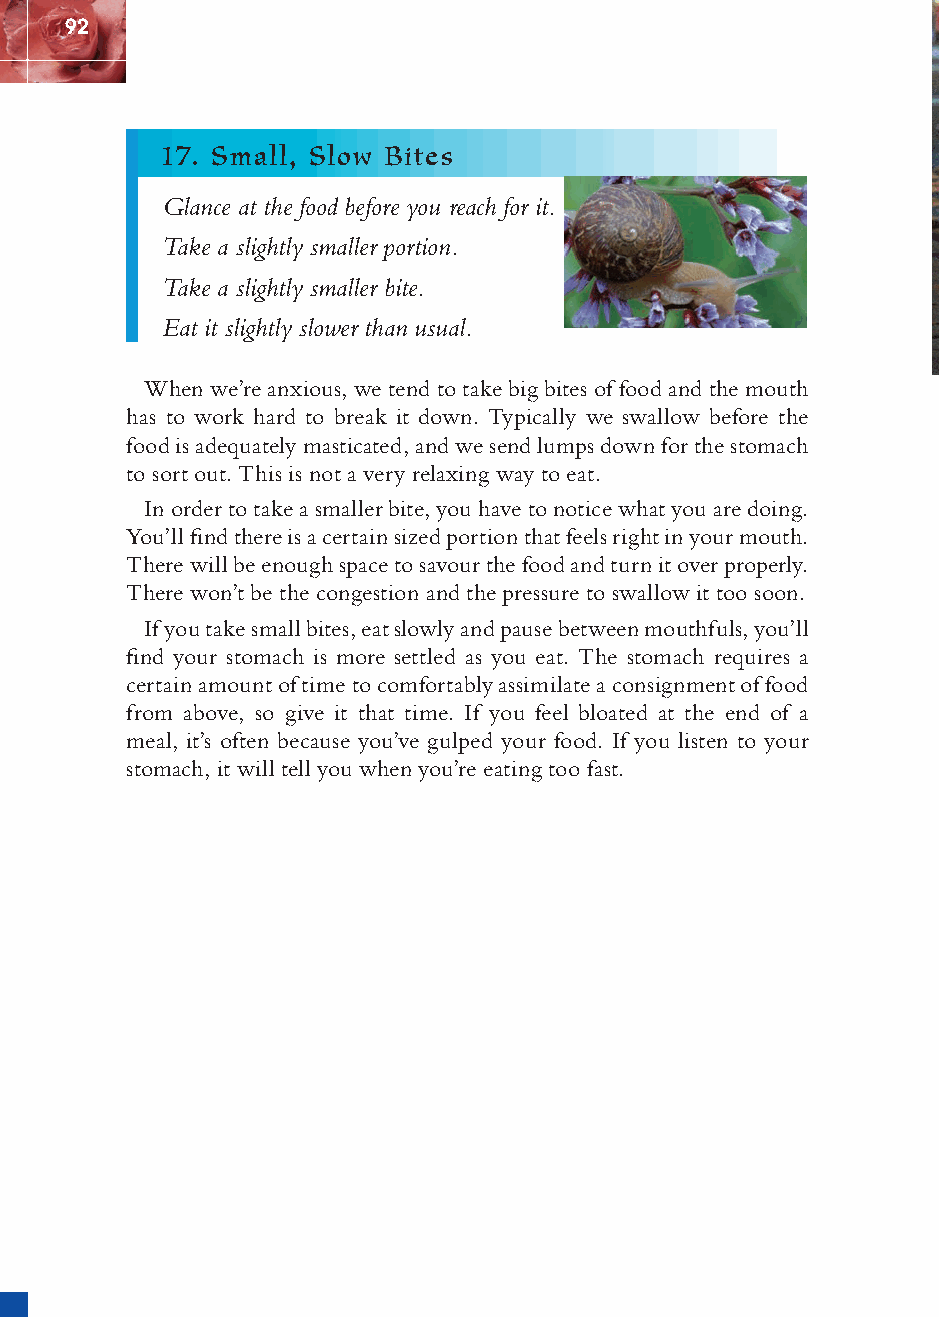
92
 17. Small, Slow Bites
 Glance at the food before you reach for it.
 Take a slightly smaller portion.
 Take a slightly smaller bite.
 Eat it slightly slower than usual.
 When we’re anxious, we tend to take big bites of food and the mouth
 has to work hard to break it down. Typically we swallow before the
 food is adequately masticated, and we send lumps down for the stomach
 to sort out. This is not a very relaxing way to eat.
 In order to take a smaller bite, you have to notice what you are doing.
 You’ll fi nd there is a certain sized portion that feels right in your mouth.
 There will be enough space to savour the food and turn it over properly.
 There won’t be the congestion and the pressure to swallow it too soon.
 If you take small bites, eat slowly and pause between mouthfuls, you’ll
 fi nd your stomach is more settled as you eat. The stomach requires a
 certain amount of time to comfortably assimilate a consignment of food
 from above, so give it that time. If you feel bloated at the end of a
 meal, it’s often because you’ve gulped your food. If you listen to your
 stomach, it will tell you when you’re eating too fast.
 ffiivvee__220000667788..iinndddd SSeecc11::9966     3300//55//0055 55::0044::4499 PPMM